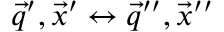
\vec { q } ^ { \prime } , \vec { x } ^ { \prime } \leftrightarrow \vec { q } ^ { \prime \prime } , \vec { x } ^ { \prime \prime }